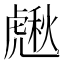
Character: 𧇸